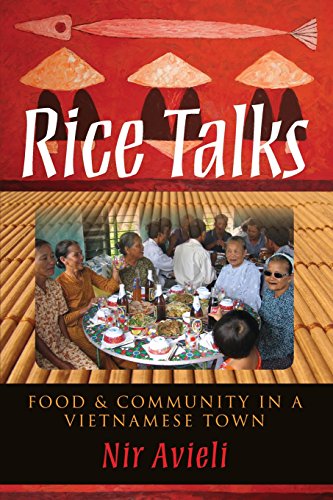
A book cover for Rice Talks: Food and Community in a Vietnamese Town; Nir Avieli; Cookbooks, Food & Wine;